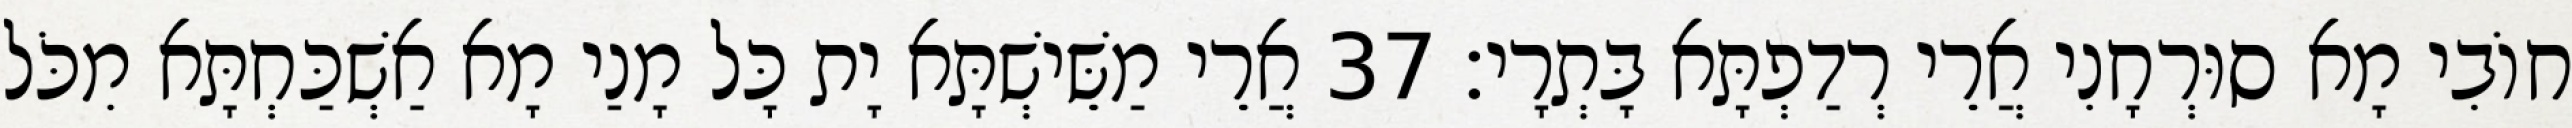
חוֹבִי מָא סוּרְחָנִי אֲרֵי רְדַפְתָּא בָּתְרָי׃ 37 אֲרֵי מַשֵּׁישְׁתָּא יָת כָּל מָנַי מָא אַשְׁכַּחְתָּא מִכֹּל